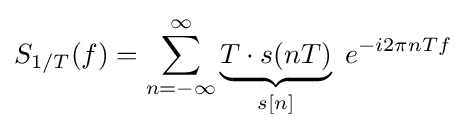
S_{1/T}(f)=\sum _{n=-\infty }^{\infty }\underbrace {T\cdot s(nT)} _{s[n]}\ e^{-i2\pi nTf}